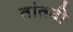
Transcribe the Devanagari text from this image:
तांतवी